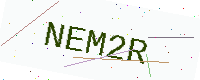
Text: NEM2R